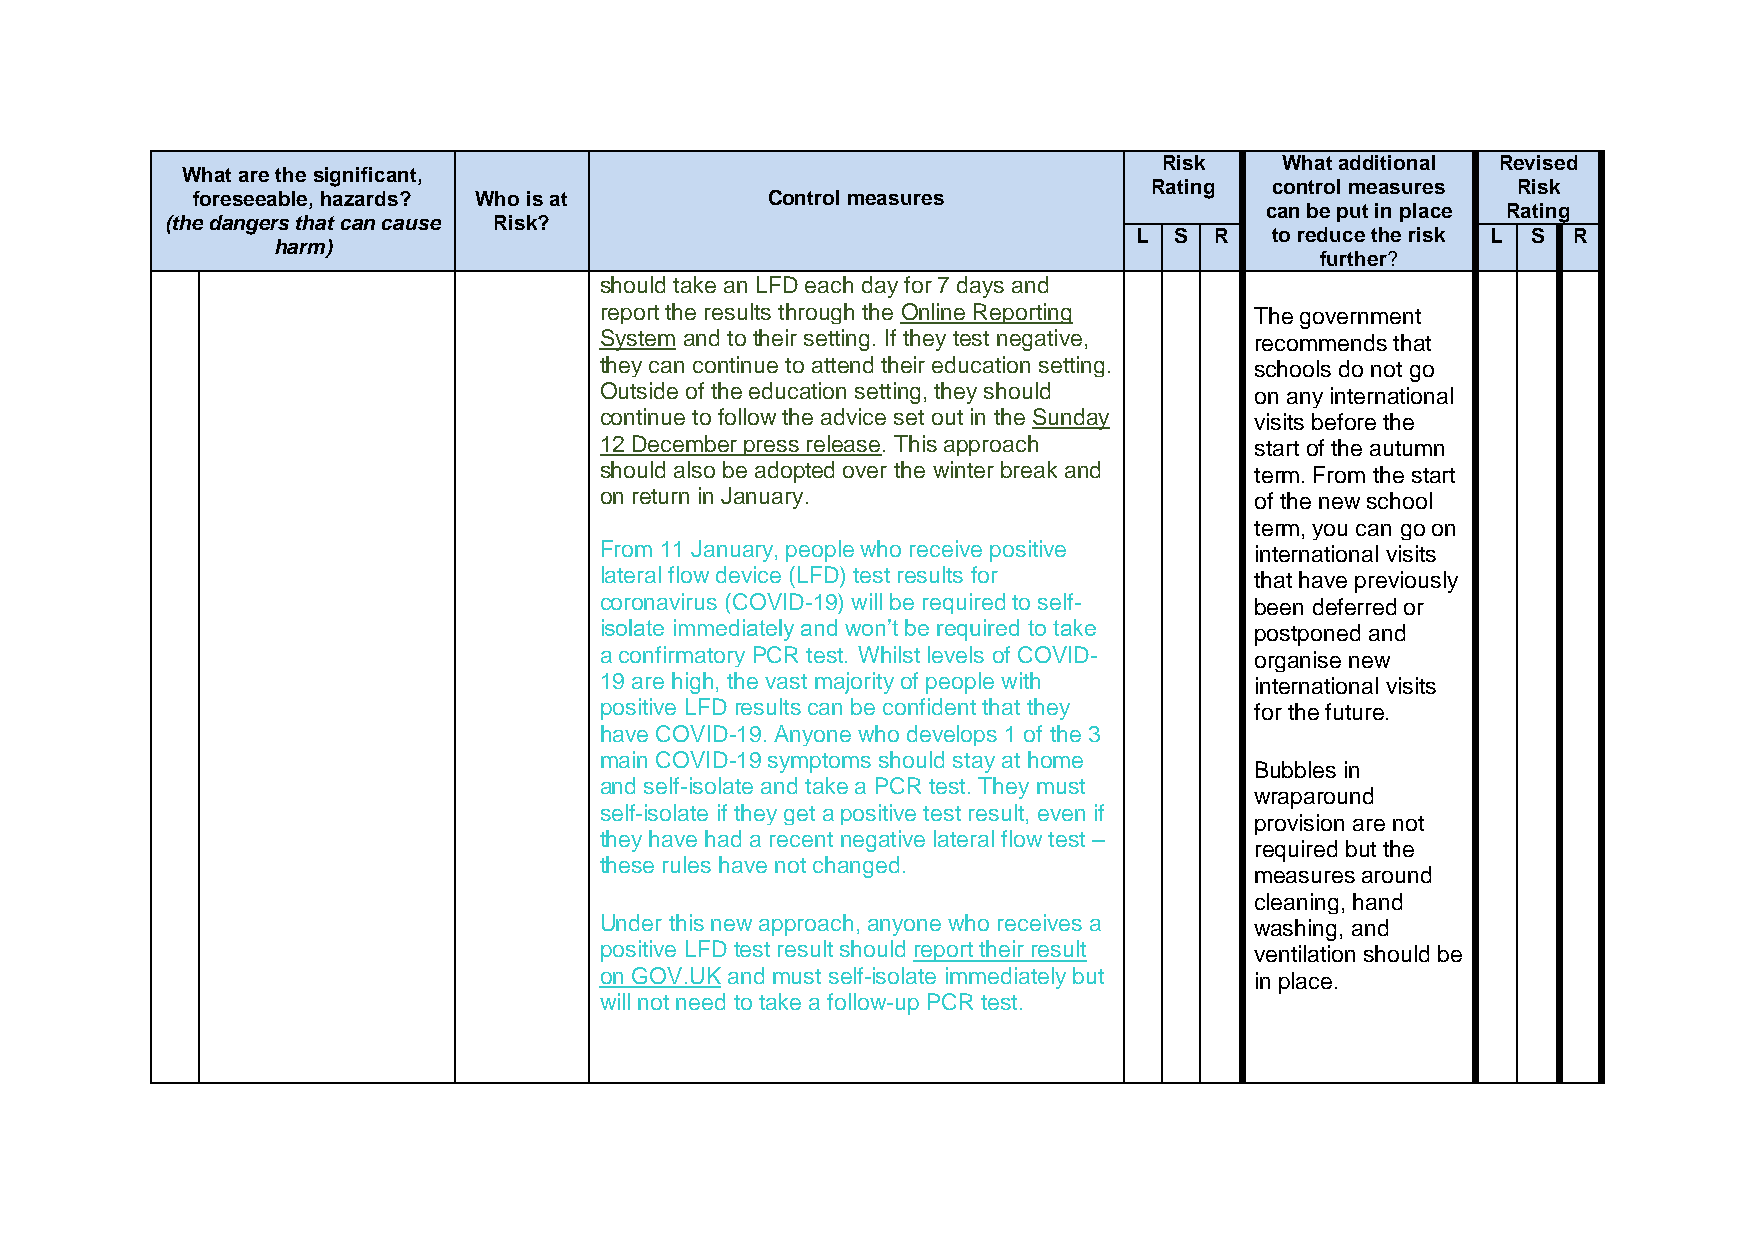
Risk    What additional Revised
 What are the significant,
 Rating  control measures Risk
 foreseeable, hazards? Who is at       Control measures
 can be put in place Rating
 (the dangers that can cause Risk?
 L  S R   to reduce the risk L S R
 harm)
 further?
 should take an LFD each day for 7 days and
 report the results through the Online Reporting The government
 System and to their setting. If they test negative, recommends that
 they can continue to attend their education setting. schools do not go
 Outside of the education setting, they should on any international
 continue to follow the advice set out in the Sunday visits before the
 12 December press release. This approach   start of the autumn
 should also be adopted over the winter break and term. From the start
 on return in January.                      of the new school
 term, you can go on
 From 11 January, people who receive positive international visits
 lateral flow device (LFD) test results for that have previously
 coronavirus (COVID-19) will be required to self- been deferred or
 isolate immediately and won’t be required to take postponed and
 a confirmatory PCR test. Whilst levels of COVID- organise new
 19 are high, the vast majority of people with international visits
 positive LFD results can be confident that they for the future.
 have COVID-19. Anyone who develops 1 of the 3
 main COVID-19 symptoms should stay at home
 Bubbles in
 and self-isolate and take a PCR test. They must
 wraparound
 self-isolate if they get a positive test result, even if
 provision are not
 they have had a recent negative lateral flow test –
 required but the
 these rules have not changed.
 measures around
 cleaning, hand
 Under this new approach, anyone who receives a washing, and
 positive LFD test result should report their result ventilation should be
 on GOV.UK and must self-isolate immediately but in place.
 will not need to take a follow-up PCR test.